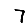
Digit: 7